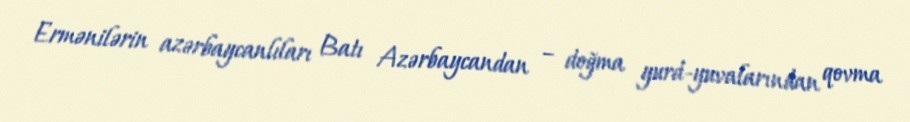
Ermənilərin azərbaycanlıları Batı Azərbaycandan – doğma yurd-yuvalarından qovma